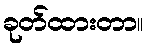
ခုတ်ထားတာ။